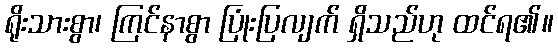
ရိုးသားစွာ၊ ကြင်နာစွာ ပြုံးပြလျက် ရှိသည်ဟု ထင်ရ၏။